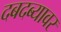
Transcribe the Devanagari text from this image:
दबदब्यावर